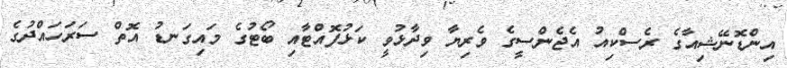
އިންޑޮނޭޝިއާގެ ރެސްކިއު އެޖެންސީގެ ވެރިޔާ ވިދާޅުވީ ކަޅުފޮއްޓާއި ބޯޓުގެ މައިގަނޑު އޮތް ސަރަހައްދުގެ